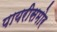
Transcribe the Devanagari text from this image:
पायरीसमोर